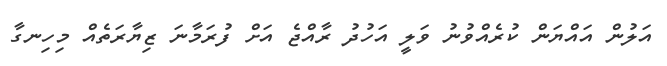
އަލުން އައްޔަން ކުރެއްވުނު ވަލީ އަހުދު ރާއްޖެ އަށް ފުރަމާނަ ޒިޔާރަތެއް މިހިނގާ